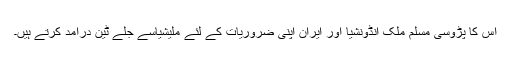
اس کا پڑوسی مسلم ملک انڈونشیا اور ایران اپنی ضروریات کے لئے ملیشیاسے جلے ٹین درآمد کرتے ہیں۔